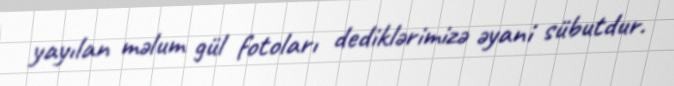
yayılan məlum gül fotoları dediklərimizə əyani sübutdur.